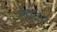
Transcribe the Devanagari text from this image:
मंदारपेड